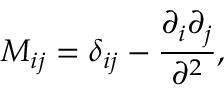
M _ { i j } = \delta _ { i j } - { \frac { \partial _ { i } \partial _ { j } } { \partial ^ { 2 } } } ,